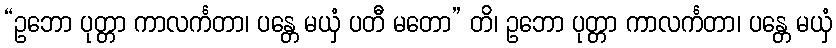
“ဥဘော ပုတ္တာ ကာလင်္ကတာ၊ ပန္တေ မယှံ ပတီ မတော” တိ၊ ဥဘော ပုတ္တာ ကာလင်္ကတာ၊ ပန္တေ မယှံ